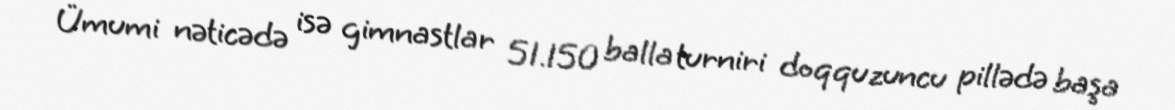
Ümumi nəticədə isə gimnastlar 51.150 balla turniri doqquzuncu pillədə başa